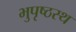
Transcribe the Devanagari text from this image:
भुपृष्ठस्थ